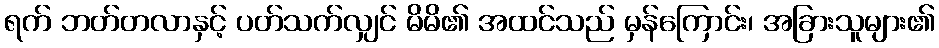
ရက် ဘတ်တလာနှင့် ပတ်သက်လျှင် မိမိ၏ အထင်သည် မှန်ကြောင်း၊ အခြားသူများ၏